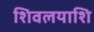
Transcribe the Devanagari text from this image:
शिवलयाशि